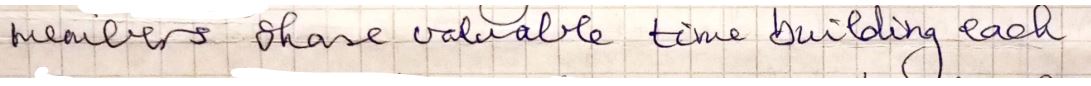
members share valuable time building each